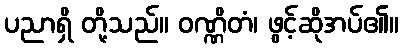
ပညာရှိ တို့သည်။ ဝဏ္ဏိတံ၊ ဖွင့်ဆိုအပ်၏။